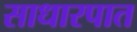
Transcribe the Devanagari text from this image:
साधारपात